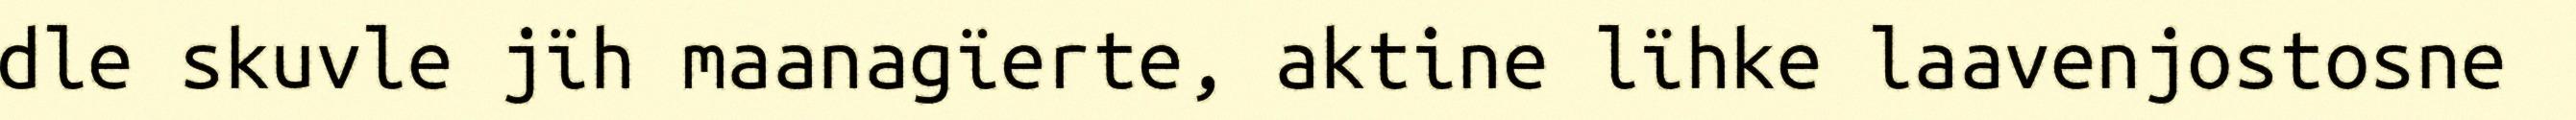
dle skuvle jïh maanagïerte, aktine lïhke laavenjostosne